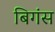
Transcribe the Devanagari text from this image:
बिगंस